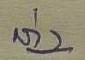
ล่าง